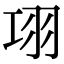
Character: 𦏼